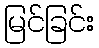
မြင်ခြင်း